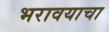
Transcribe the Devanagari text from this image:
भरावयाचा